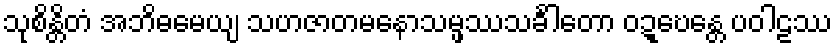
သုစိန္တိတံ အဘိဓမေယျ သဟဇာတမနောသမ္ဖဿသင်္ခါတော ဝဍ္ဎေန္တေ ပဝါဠဿ